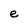
Character: e